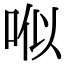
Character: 𠳎